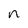
Character: n